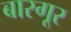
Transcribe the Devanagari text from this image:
बारगूर